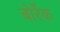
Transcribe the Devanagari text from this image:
बोर्रेक